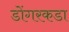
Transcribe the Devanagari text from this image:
डोंगरकडा